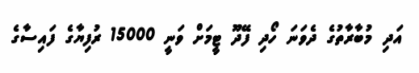
އަދި މުބާރާތުގެ ދެވަނަ ހޯދި ފޭދޫ ޓީމަށް ވަނީ 15000 ރުފިޔާގެ ފައިސާގެ